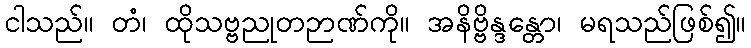
ငါသည်။ တံ၊ ထိုသဗ္ဗညုတဉာဏ်ကို။ အနိဗ္ဗိန္ဒန္တော၊ မရသည်ဖြစ်၍။